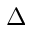
\Delta